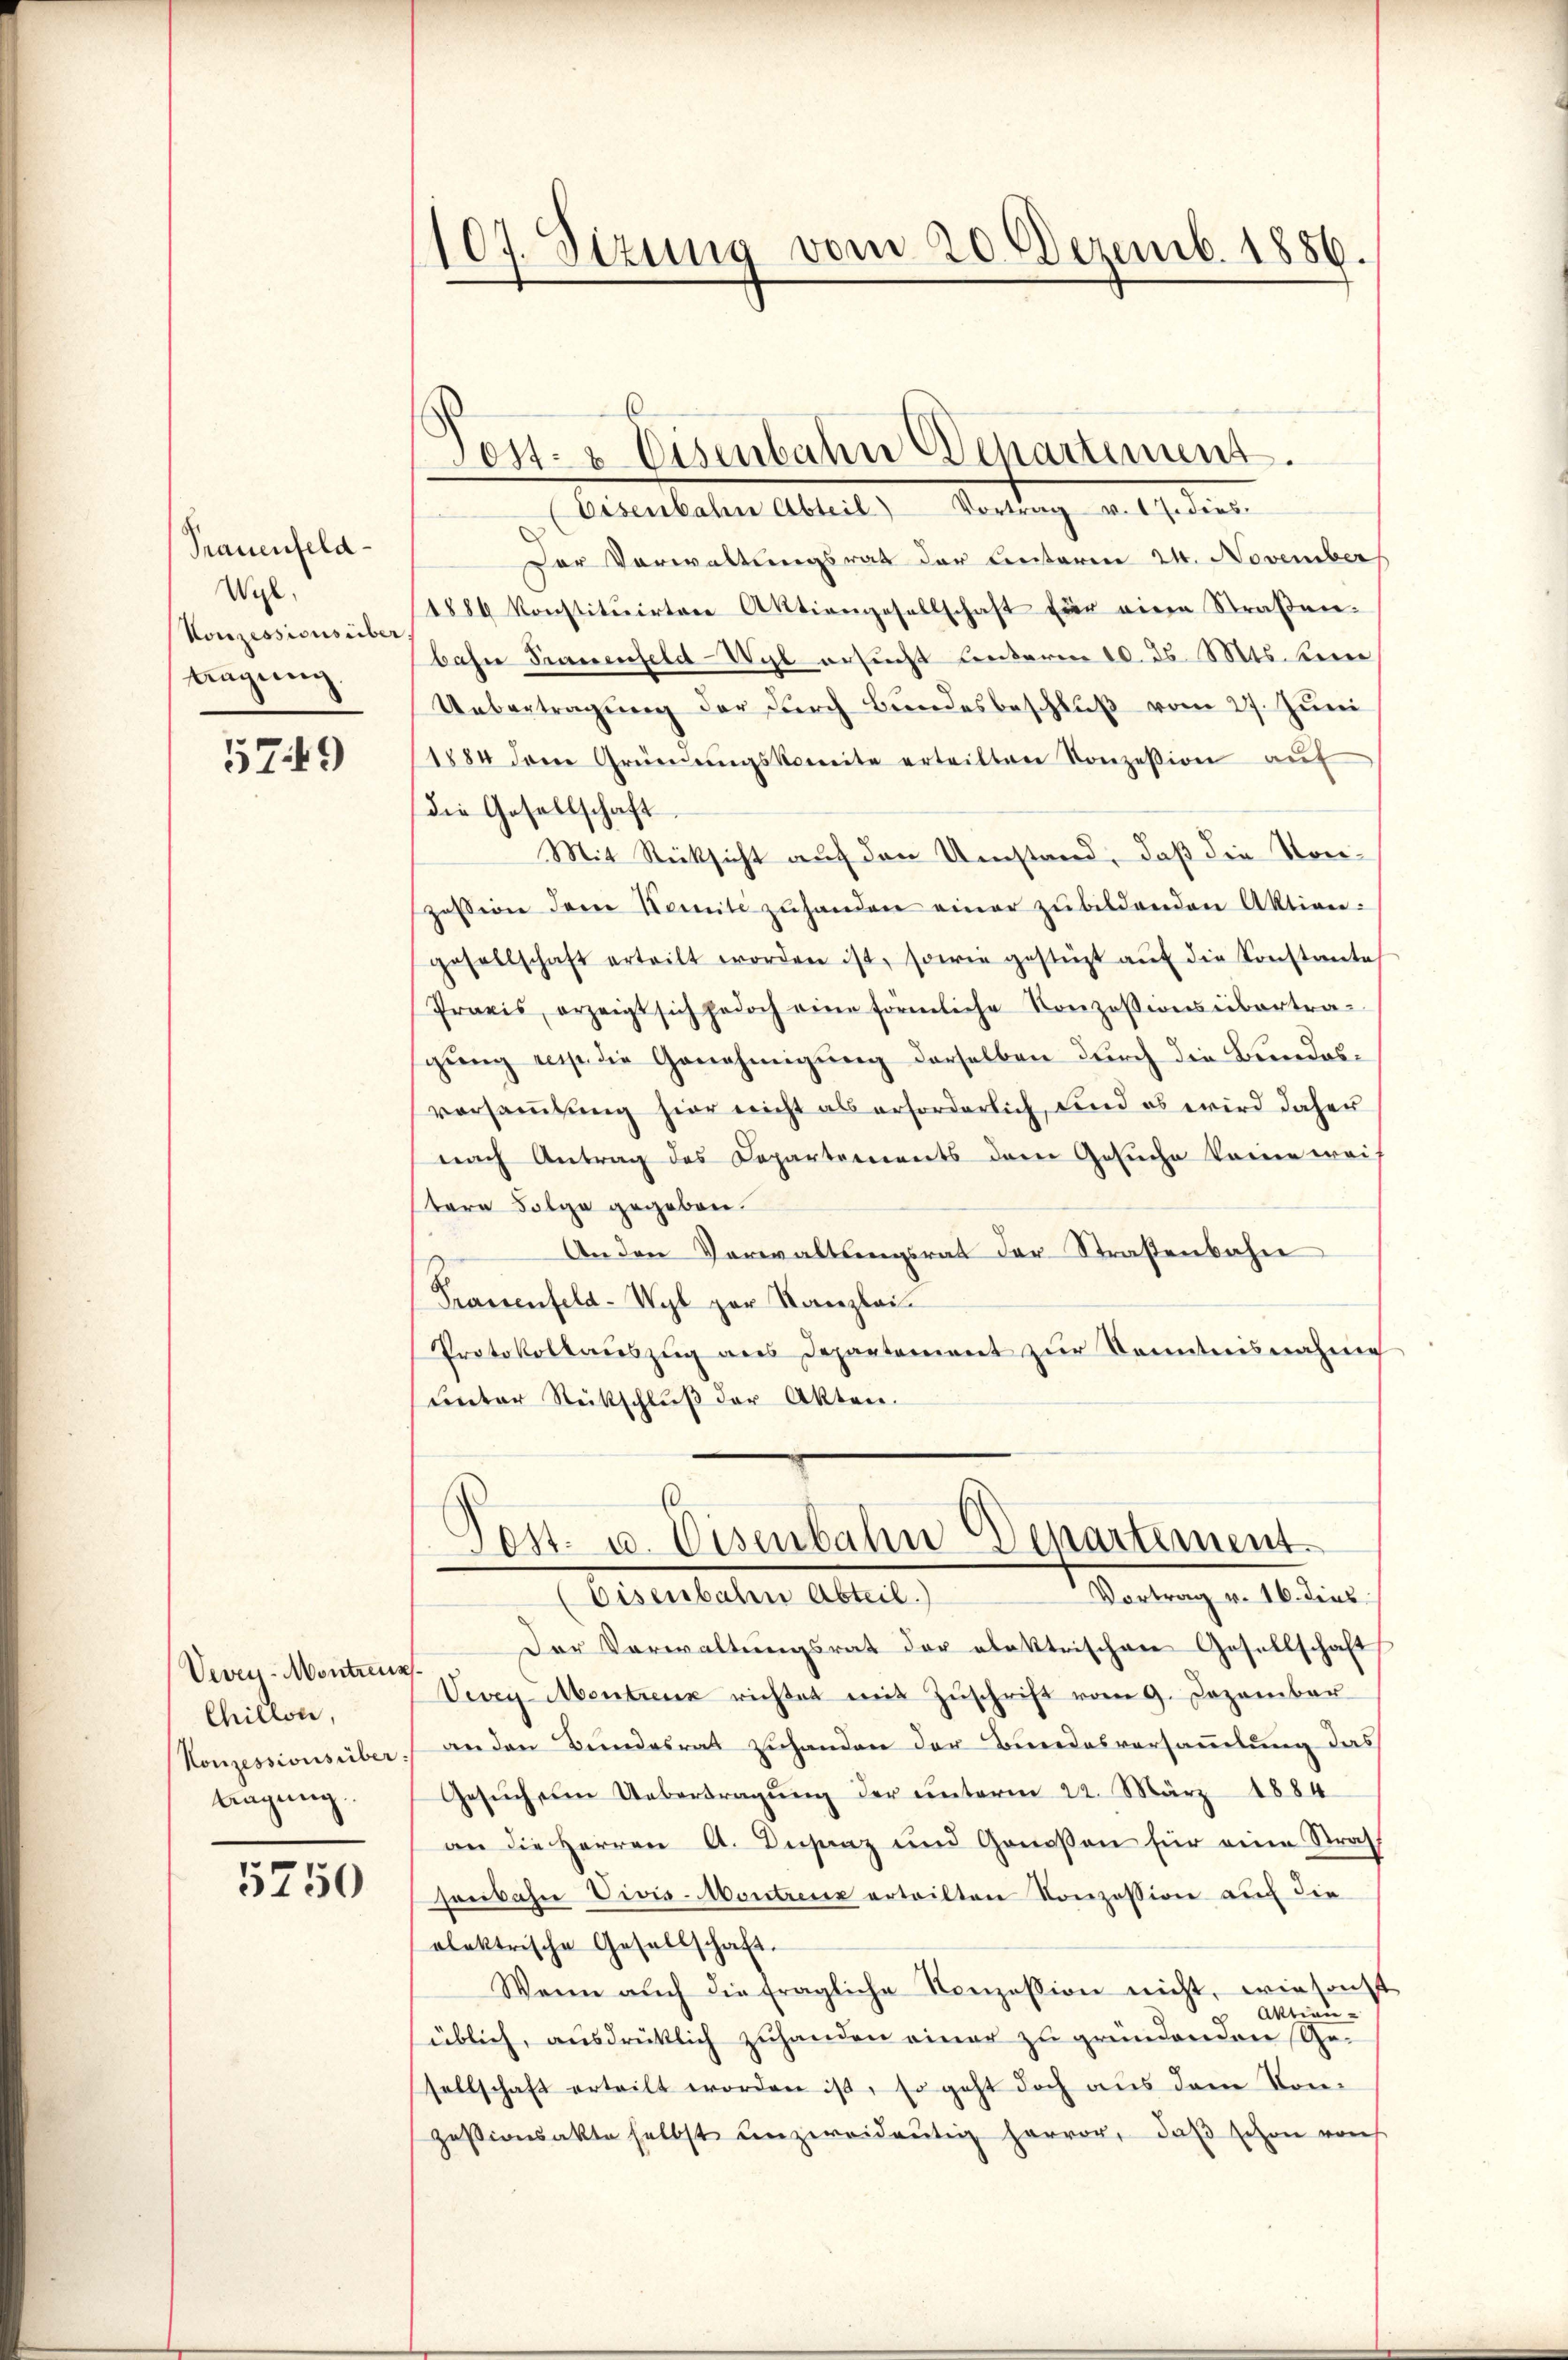
Prauenfeld
Wyl.
Konzessions über
tragung

5749

Vevey-Montrenz
Chillon,
Konzessionsüber:
tragung.

5750

107. Sizung vom 20. Dezemb. 1886.

vost- & Eisenbahn Departement.

Post- u. Eisenbahn Departement
Startung von 16. die
(Eisenbaten Abteil)

Eisenbahne Abteil) Vortrag v. 17. dies
Der Vorwaltungsrat der Leiteren 24. November
1886 konstitŭirten Aktiengesellschaft Eier eine Straβen-
bahn Frauenfeld-Wyl ersucht unterm 10. ds. Mts. keine,
Uebertragung der durch Bundesbeschluß vom 27. Juni
1884 dere Gründŭngskomite erteilten Konzession auf
die Gesellschaft
Mit Rücksicht auf den Umstand, daß die Kon-
zession dem Komité zŭhanden einer zŭ bildenden Aktion.
gesellschaft erteilt worden ist, sowie gestüzt aŭf die Konstante
Praxis, erzeigt sich jedoch eine förmliche Konzessionsübertra-
gung resp. die Genehmigung derselben durch die Bundesversaṁlŭng hier nicht als erforderlich, sind es wird daher
nach Antrag des Departements dem Gesuche keine weis
stere Folge gegeben.
An den Verwaltungsrat der Straßenbahn
Frauenfeld-Wyl zur Kanzlei¬
Protokollaŭszŭg ans Departement zŭr Kenntnisnahme
unter Rückschlŭβ der Akten.

Der Verwaltungsrat der elektrischen Gesellschaft
Vevey Montreuz richtet mit Zŭschrift vom 9. Dezember
an den Bundesrat zuhanden der Bundesversammlung das
Gesŭch ŭm Uebertragŭng der unterm 22. März 1884
an die Herren A. Instanz und Genossen für eine Straf
senbahn Vivis-Montrenz erteilten Konzession auch die
olektrische Gesellschaft.
Wenn aŭch die fragliche Konzession nicht, wie sonst
 Aktienüblich, ausdrücklich zuhanden einer zu gründenden Gesellschaft erteilt worden ist, so geht doch aus dem Konzasionsakte selbst unzweideutig hervor, daß schon von